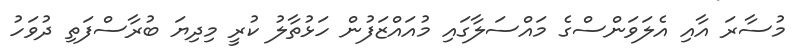
މުސާރަ އާއި އެލަވަންސްގެ މައްސަލާގައި މުއައްޒަފުން ހަޅުތާލު ކުރީީ މިދިޔަ ބުރާސްފަތި ދުވަހު